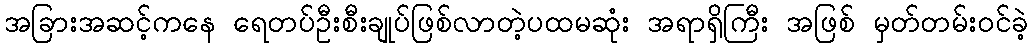
အခြားအဆင့်ကနေ ရေတပ်ဦးစီးချုပ်ဖြစ်လာတဲ့ပထမဆုံး အရာရှိကြီး အဖြစ် မှတ်တမ်းဝင်ခဲ့